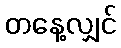
တနေ့လျှင်